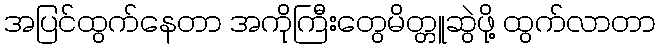
အပြင်ထွက်နေတာ အကိုကြီးတွေမိတ္တူဆွဲဖို့ ထွက်လာတာ